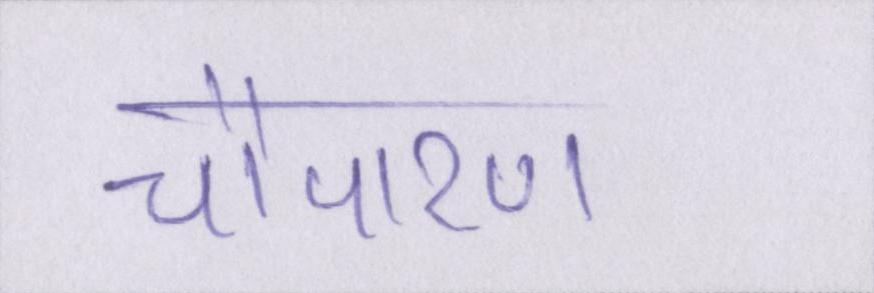
चौपारण